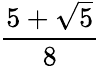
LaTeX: \frac{5+{\sqrt{5}}}{8}